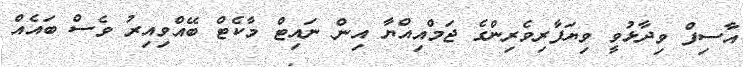
އާސިފް ވިދާޅުވީ ވިޔަފާރިވެރިންގެ ޖަމްއިއްޔާ އިން ނައިޓް މާކެޓް ބޭއްވިއިރު ވެސް ބައެއް